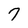
Character: 7